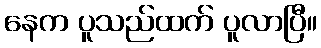
နေက ပူသည်ထက် ပူလာပြီ။